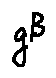
g ^ { B }